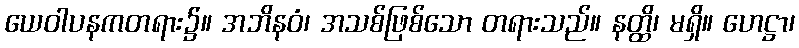
ယေဝါပနကတရား၌။ အဘိနဝံ၊ အသစ်ဖြစ်သော တရားသည်။ နတ္ထိ၊ မရှိ။ ဟေဋ္ဌာ၊